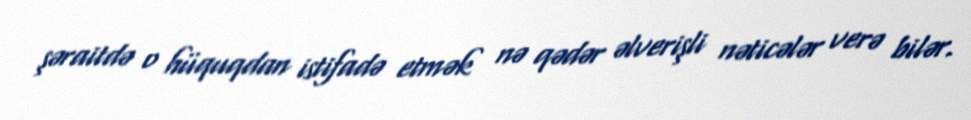
şəraitdə o hüquqdan istifadə etmək nə qədər əlverişli nəticələr verə bilər.